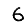
Digit: 6